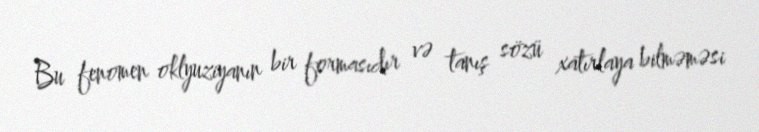
Bu fenomen oklyuziyanın bir formasıdır və tanış sözü xatırlaya bilməməsi